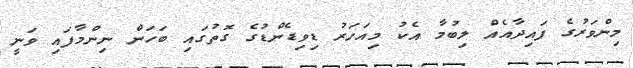
މިންވަރުގެ ފައިދާއެއް ލިބުމާ އެކު މިއަހަރު ޑިވިޑެންޑުގެ ގޮތުގައި ބަހަން ނިންމާފައި ވަނީ